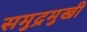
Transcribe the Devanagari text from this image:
समुद्रमुखी